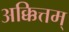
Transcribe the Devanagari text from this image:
अक्कित्तम्